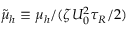
\tilde { \mu } _ { h } \equiv \mu _ { h } / ( \zeta U _ { 0 } ^ { 2 } \tau _ { R } / 2 )